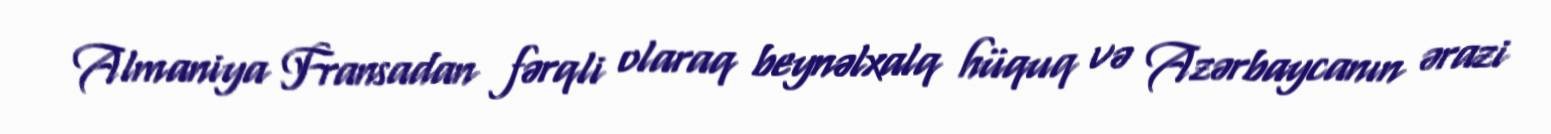
Almaniya Fransadan fərqli olaraq beynəlxalq hüquq və Azərbaycanın ərazi